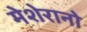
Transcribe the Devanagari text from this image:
मेशेरानो